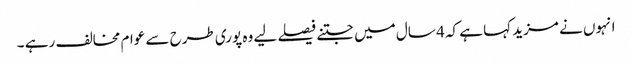
انہوں نے مزید کہا ہے کہ 4 سال میں جتنے فیصلے لیے وہ پوری طرح سے عوام مخالف رہے ۔